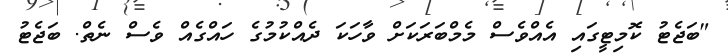
"ބަޖެޓު ކޮމިޓީގައި އެއްވެސް މެމްބަރަކަށް ވާހަކަ ދެއްކުމުގެ ހައްގެއް ވެސް ނެތް. ބަޖެޓު